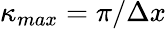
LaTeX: \kappa_{max}=\pi/\Delta x